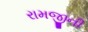
રામજીની